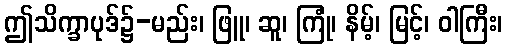
ဤသိက္ခာပုဒ်၌-မည်း၊ ဖြူ၊ ဆူ၊ ကြုံ၊ နိမ့်၊ မြင့်၊ ဝါကြီး၊